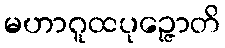
မဟာဂူထပုဉ္ဇောတိ